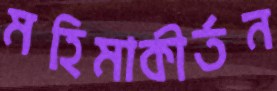
মহিমাকীর্তন